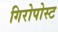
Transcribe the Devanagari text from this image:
गिरोपोस्ट